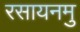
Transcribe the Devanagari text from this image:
रसायनमु